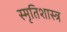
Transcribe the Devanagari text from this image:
स्मृतिशास्त्र